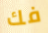
فك